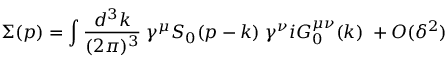
\Sigma ( p ) = \int { \frac { d ^ { 3 } k } { ( 2 \pi ) ^ { 3 } } } \; \gamma ^ { \mu } S _ { 0 } ( p - k ) \; \gamma ^ { \nu } i G _ { 0 } ^ { \mu \nu } ( k ) \; + O ( \delta ^ { 2 } )